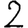
Digit: 2